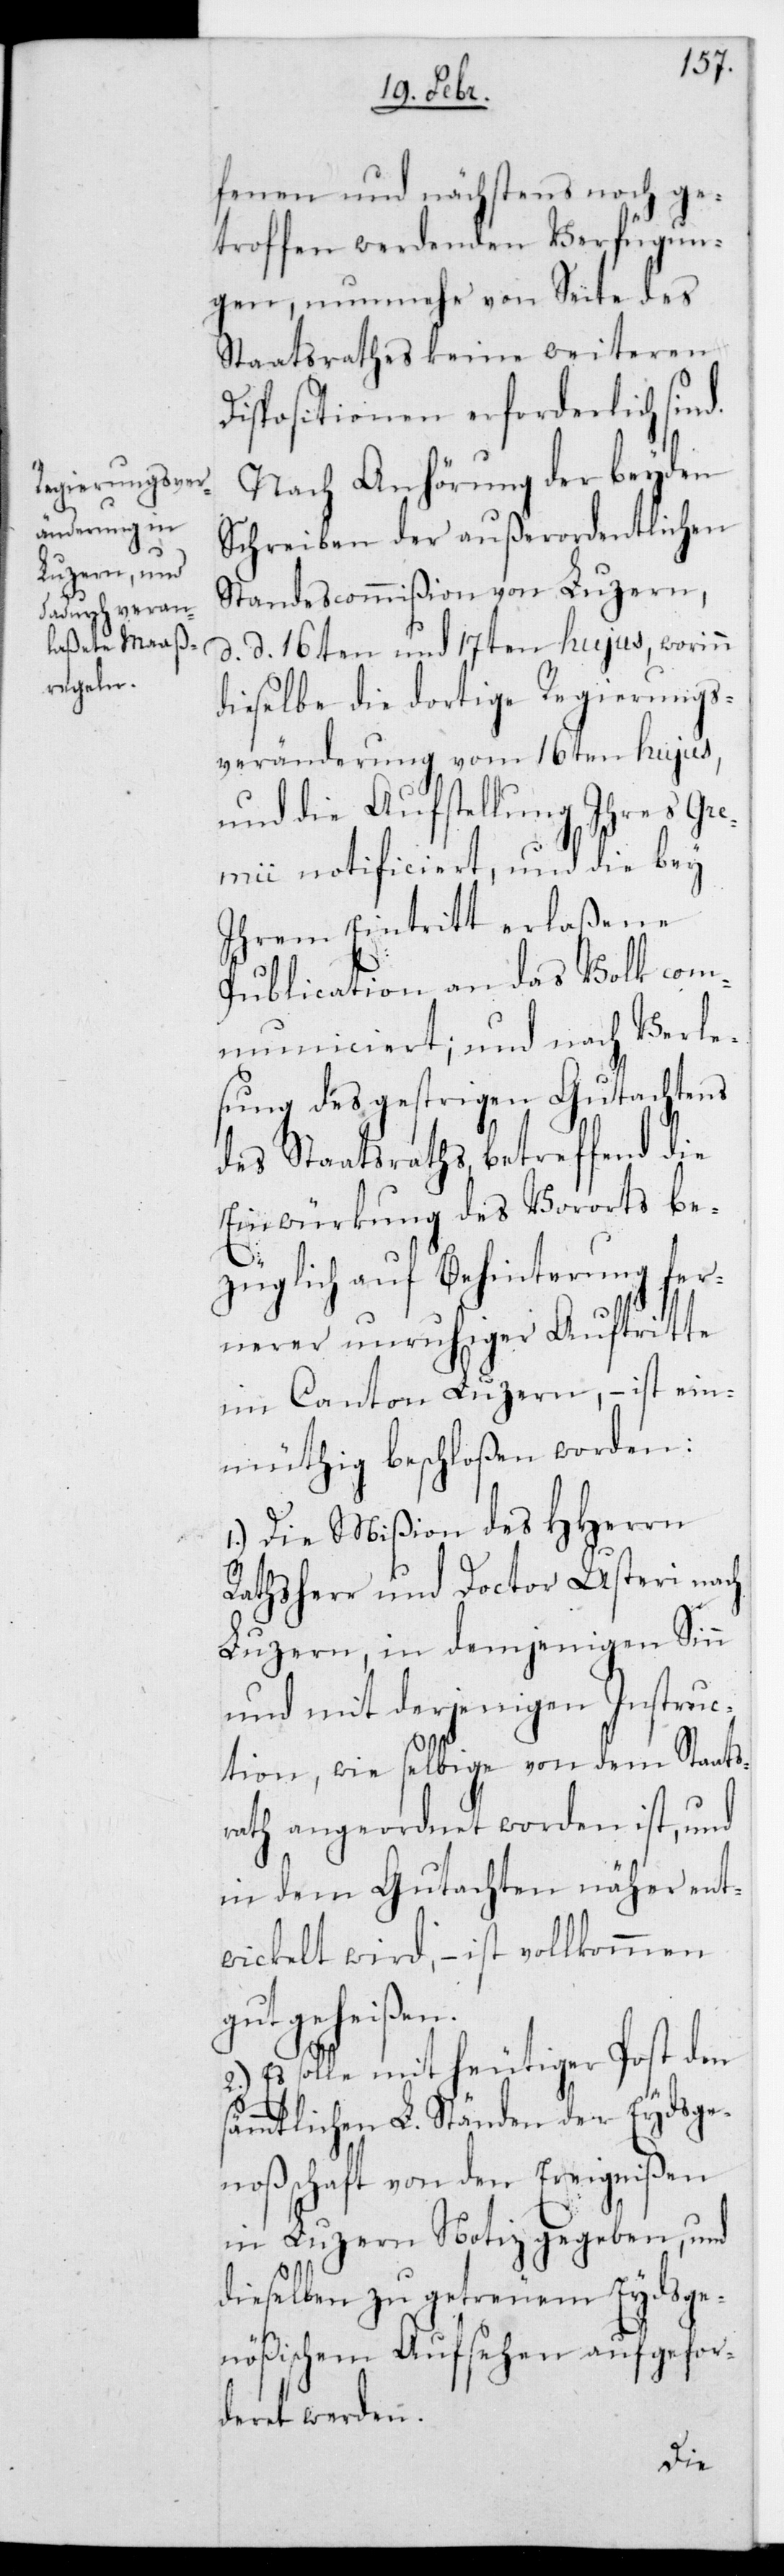
fenen und nächstens noch ge¬
troffen werdenden Verfügun¬
gen, nunmehr von Seite des
Staatsrathes keine weiteren
Dispositionen erforderlich sind.
Nach Anhörung der beyden
Schreiben der außerordentlichen
Standescommißion von Luzern,
16ten und 17ten hujus, worinn
dieselbe die dortige Regierung¬
s-Veränderung vom 16ten hujus,
und die Aufstellung ihres Gr¬
emii notificiert, und die bey
ihrem Eintritt erlaßene
Publication an das Volk com¬
municiert; und nach Verle¬
sung des gestrigen Gutachtens
des Staatsraths, betreffend die
Einwürkung des Vororts be¬
züglich auf Behinderung fer¬
nerer unruhiger Auftritte
im Canton Luzern, – ist ein¬
müthig beschloßen worden:
1.) Die Mißion des HHerrn
Rathsherr und Doctor Usteri nach
Luzern, in demjenigen Sinn
und mit derjenigen Instruc¬
tion, wie selbige von dem Staats¬
rath angeordnet worden ist, und
in dem Gutachten näher ent¬
wickelt wird, – ist vollkommen
gutgeheißen.
2.) Es solle mit heutiger Post den
sämmtlichen L. Ständen der Eydsge¬
noßenschaft von den Ereignißen
in Luzern Notiz gegeben, und
dieselben zu getreuem Eydsge¬
nößischem Aufsehen aufgefor¬
deret werden.